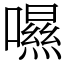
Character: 𡀾